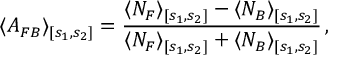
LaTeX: \langle A _ { F B } \rangle _ { [ s _ { 1 } , s _ { 2 } ] } = \frac { \langle N _ { F } \rangle _ { [ s _ { 1 } , s _ { 2 } ] } - \langle N _ { B } \rangle _ { [ s _ { 1 } , s _ { 2 } ] } } { \langle N _ { F } \rangle _ { [ s _ { 1 } , s _ { 2 } ] } + \langle N _ { B } \rangle _ { [ s _ { 1 } , s _ { 2 } ] } } \, ,